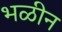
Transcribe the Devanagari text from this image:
भळीन